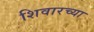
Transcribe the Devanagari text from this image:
शिवारच्या